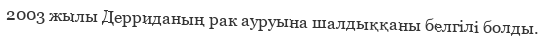
2003 жылы Дерриданың рак ауруына шалдыққаны белгілі болды.